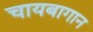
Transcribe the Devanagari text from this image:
चायबागान